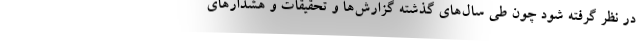
در نظر گرفته شود چون طی سال‌های گذشته گزارش‌ها و تحقیقات و هشدارهای